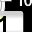
Digit: 1